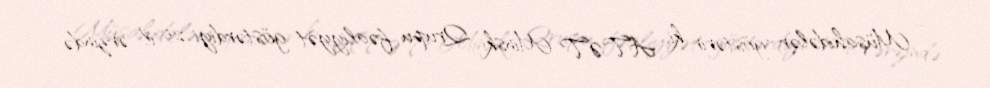
- Müşahidələr göstərir ki, ATƏT Minsk Qrupu fəaliyyət göstərdiyi 25 il ərzində